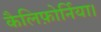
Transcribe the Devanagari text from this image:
कैलिफ़ोर्निया।